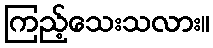
ကြည့်သေးသလား။